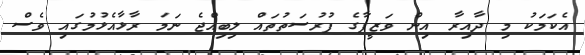
އެކަމަކު މި ދާއިރާ އިން ވަޒީފާގެ ފުރުސަތުތައް ލިބިއްޖެ ނަަމަ ރާޅާއެޅުމުގައި ވެސް